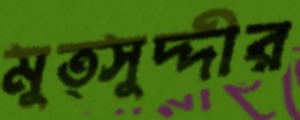
মুত্সুদ্দীর